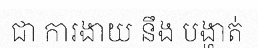
ជា ការងាយ នឹង បង្ហាត់